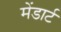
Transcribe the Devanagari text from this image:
मेंडार्ट